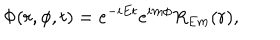
\Phi ( r , \phi , t ) = e ^ { - i E t } e ^ { i m \phi } R _ { E m } ( r ) ,